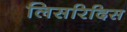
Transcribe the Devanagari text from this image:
लिसरिदिस